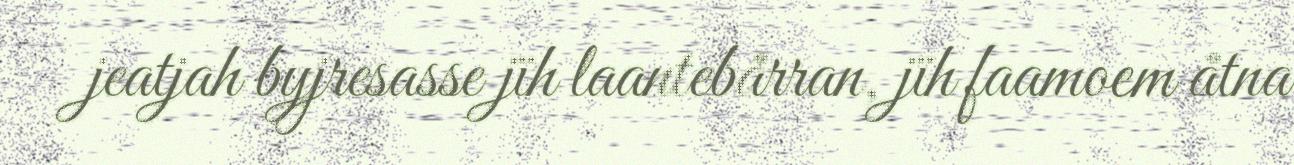
jeatjah byjresasse jïh laantebårran, jïh faamoem åtna